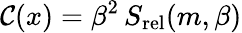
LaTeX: {\cal C}(x)=\beta^{2}\, S_{\mathrm{rel}}(m,\beta)